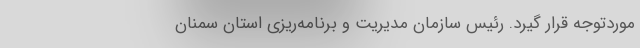
موردتوجه قرار گیرد. رئیس سازمان مدیریت و برنامه‌ریزی استان سمنان